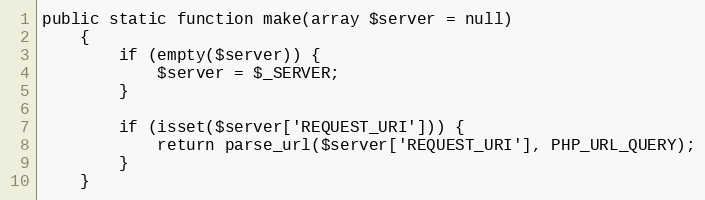
Language: PHP
public static function make(array $server = null)
    {
        if (empty($server)) {
            $server = $_SERVER;
        }

        if (isset($server['REQUEST_URI'])) {
            return parse_url($server['REQUEST_URI'], PHP_URL_QUERY);
        }
    }